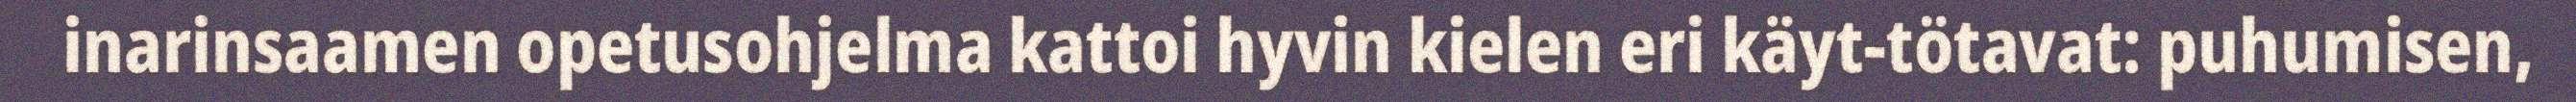
inarinsaamen opetusohjelma kattoi hyvin kielen eri käyt-tötavat: puhumisen,